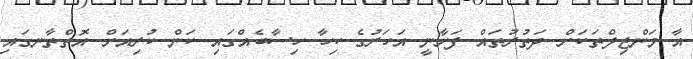
އާ މަންޒިލްތަކަށް ދަތުރުތައް ފަށާނީ އަހަރުގެ ކިހާ ހިސާބެއްގައި ކަން ކުރިއަށް އޮތްތާނގައި